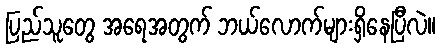
ပြည်သူတွေ အရေအတွက် ဘယ်လောက်များရှိနေပြီလဲ။